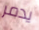
يدمر